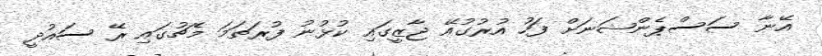
އޭނާ ސަސްޕެންޝަނަށް ފަހު އުރުގުއޭ ޖާޒީގައި ކުޅުނު ފުރަތަމަ މެޗުގައި ރޭ ސައުދީ